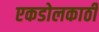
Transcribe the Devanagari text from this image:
एकडोलकाठी